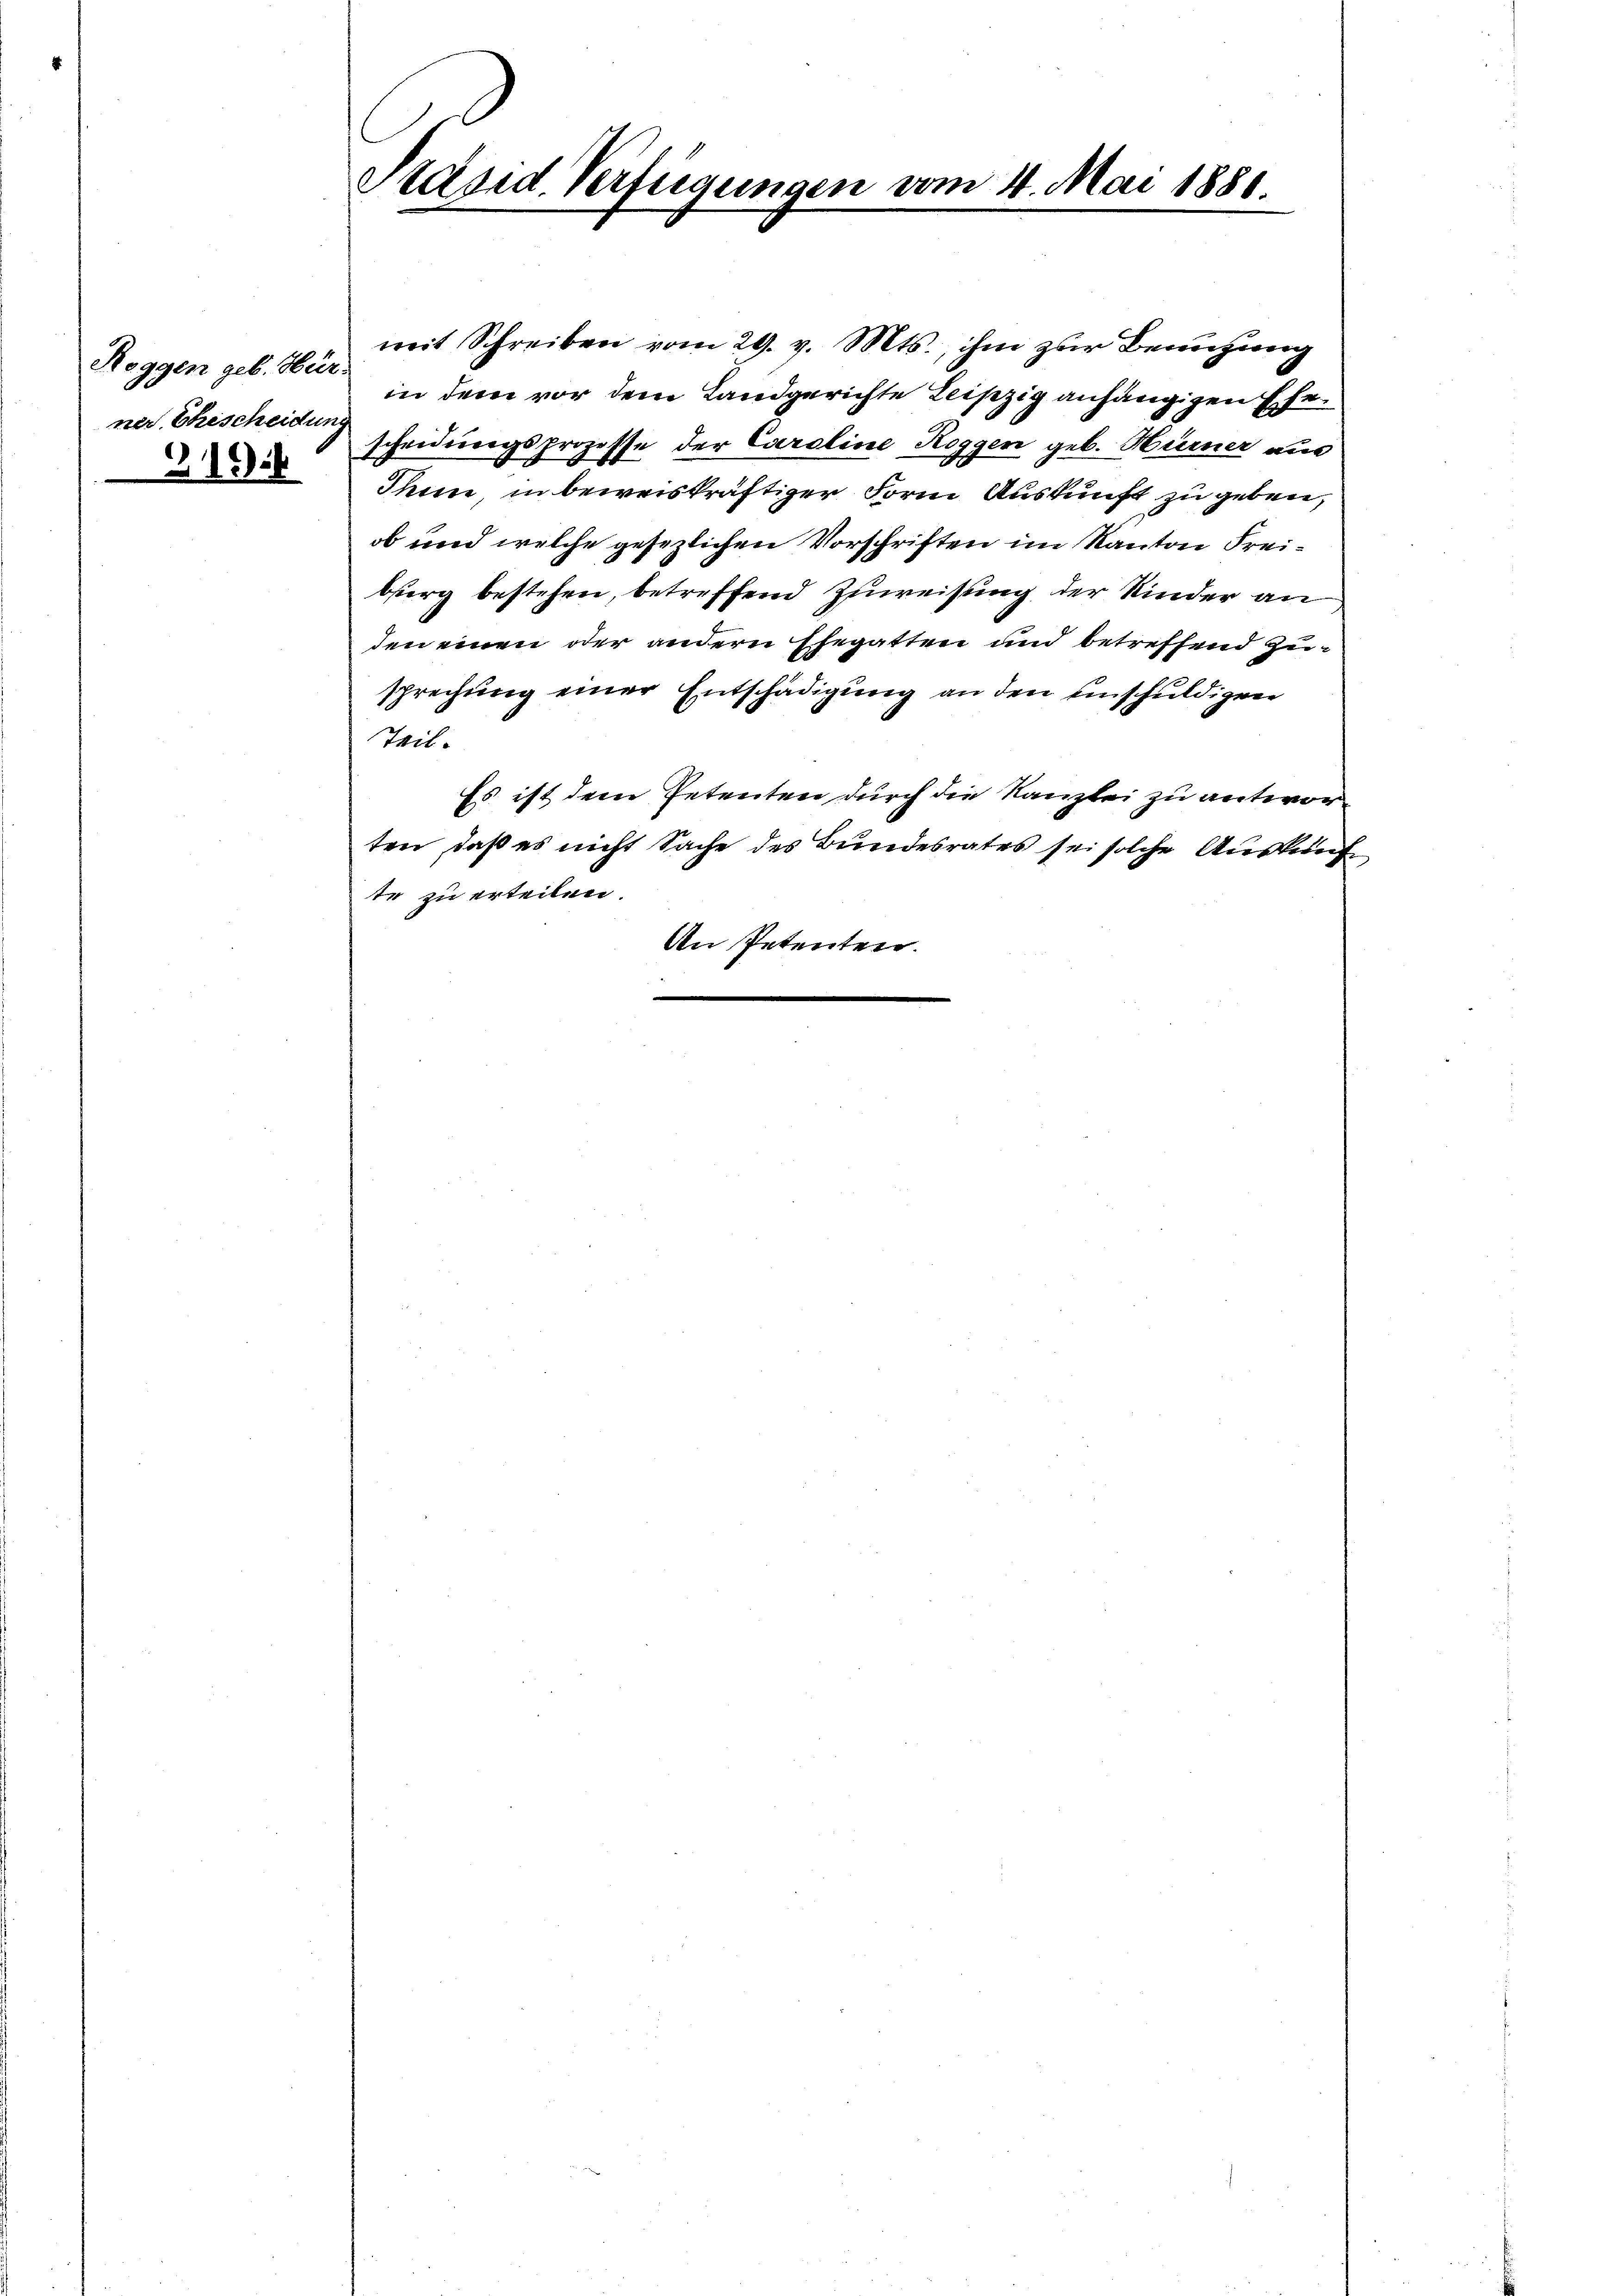
Reggen geb. Hür-
ner Ehescheidung
19

Präsid. Verfügungen vom 4. Mai 1881.

mit Schreiben vom 29. v. Mts., ihm zur Benutzung
in dem vor dem Landgerichte Leipzig anhängigen Ehescheidungsprozesse der Caroline Roggen geb. Hürner aus
Ihinne in beweiskräftiger Form Auskunft zu geben,
ob und welche gesezlichen Vorschriften im Kanton Freiberg bestehen, betreffend Zuweisung der Kinder an
den einen oder andern Ehegatten und betreffend Zeisprechung einer Entschädigung an den einschuldigen
Teil.
Es ist dem Petenten durch die Kanzlei zu antworten, daß es nicht Sache des Bundesrates sei solche Auskunf
te zu erteilen.
An Petenten.